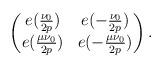
LaTeX: \begin{align*}\begin{pmatrix} e( \frac{ \nu_0 }{2p} ) & e(-\frac{ \nu_0 }{2p} ) \\e( \frac{ \mu \nu_0 }{2p} ) & e( -\frac{ \mu \nu_0 }{2p} ) \end{pmatrix}.\end{align*}